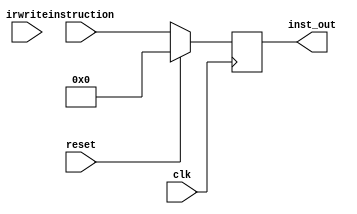
`timescale 1ns / 1ps
//////////////////////////////////////////////////////////////////////////////////
// Company: 
// Engineer: 
// 
// Design Name: 
// Module Name: instr_register
// Project Name: 
// Target Devices: 
// Tool Versions: 
// Description: 
// 
// Dependencies: 
// 
// Revision:
// Revision 0.01 - File Created
// Additional Comments:
// 
//////////////////////////////////////////////////////////////////////////////////


module instr_register(
input [31:0]instruction,
input clk,
input reset,
input irwrite,
output reg [31:0] inst_out

    );
    
    
    always@(posedge clk)
    begin
    if(reset)
    begin
    inst_out <= 32'b0;
    end
    else if(irwrite)
    begin
    inst_out<= instruction;
    end
    else
    begin
    inst_out = instruction;
    end
    end
endmodule